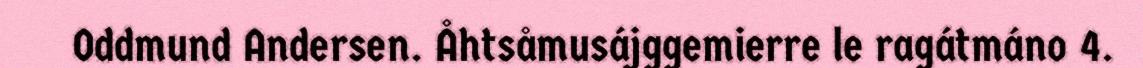
Oddmund Andersen. Åhtsåmusájggemierre le ragátmáno 4.